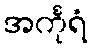
အင်္ကုရံ